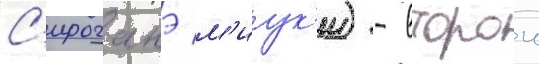
С'ироганэ м'иук'и) - второи